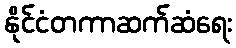
နိုင်ငံတကာဆက်ဆံရေး